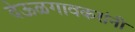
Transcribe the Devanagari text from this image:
देऊळगावकरांनी